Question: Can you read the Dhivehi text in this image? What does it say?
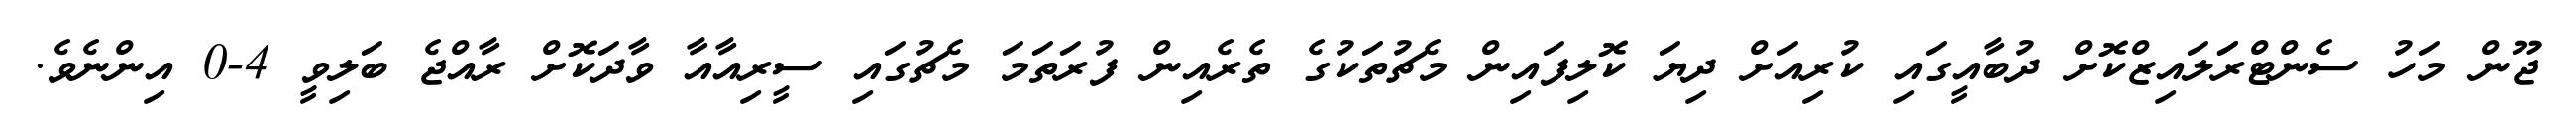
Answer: ޖޫން މަހު ސެންޓްރަަލައިޒްކޮށް ދުބާއީގައި ކުރިއަށް ދިޔަ ކޮލިފައިން މެޗުތަކުގެ ތެރެއިން ފުރަތަމަ މެޗުގައި ސީރިއާއާ ވާދަކޮށް ރާއްޖެ ބަލިވީ 4-0 އިންނެވެ.